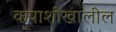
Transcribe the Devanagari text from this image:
कपाशीखालील